Tartu_Kolgata_baptistikogudus, lk 95
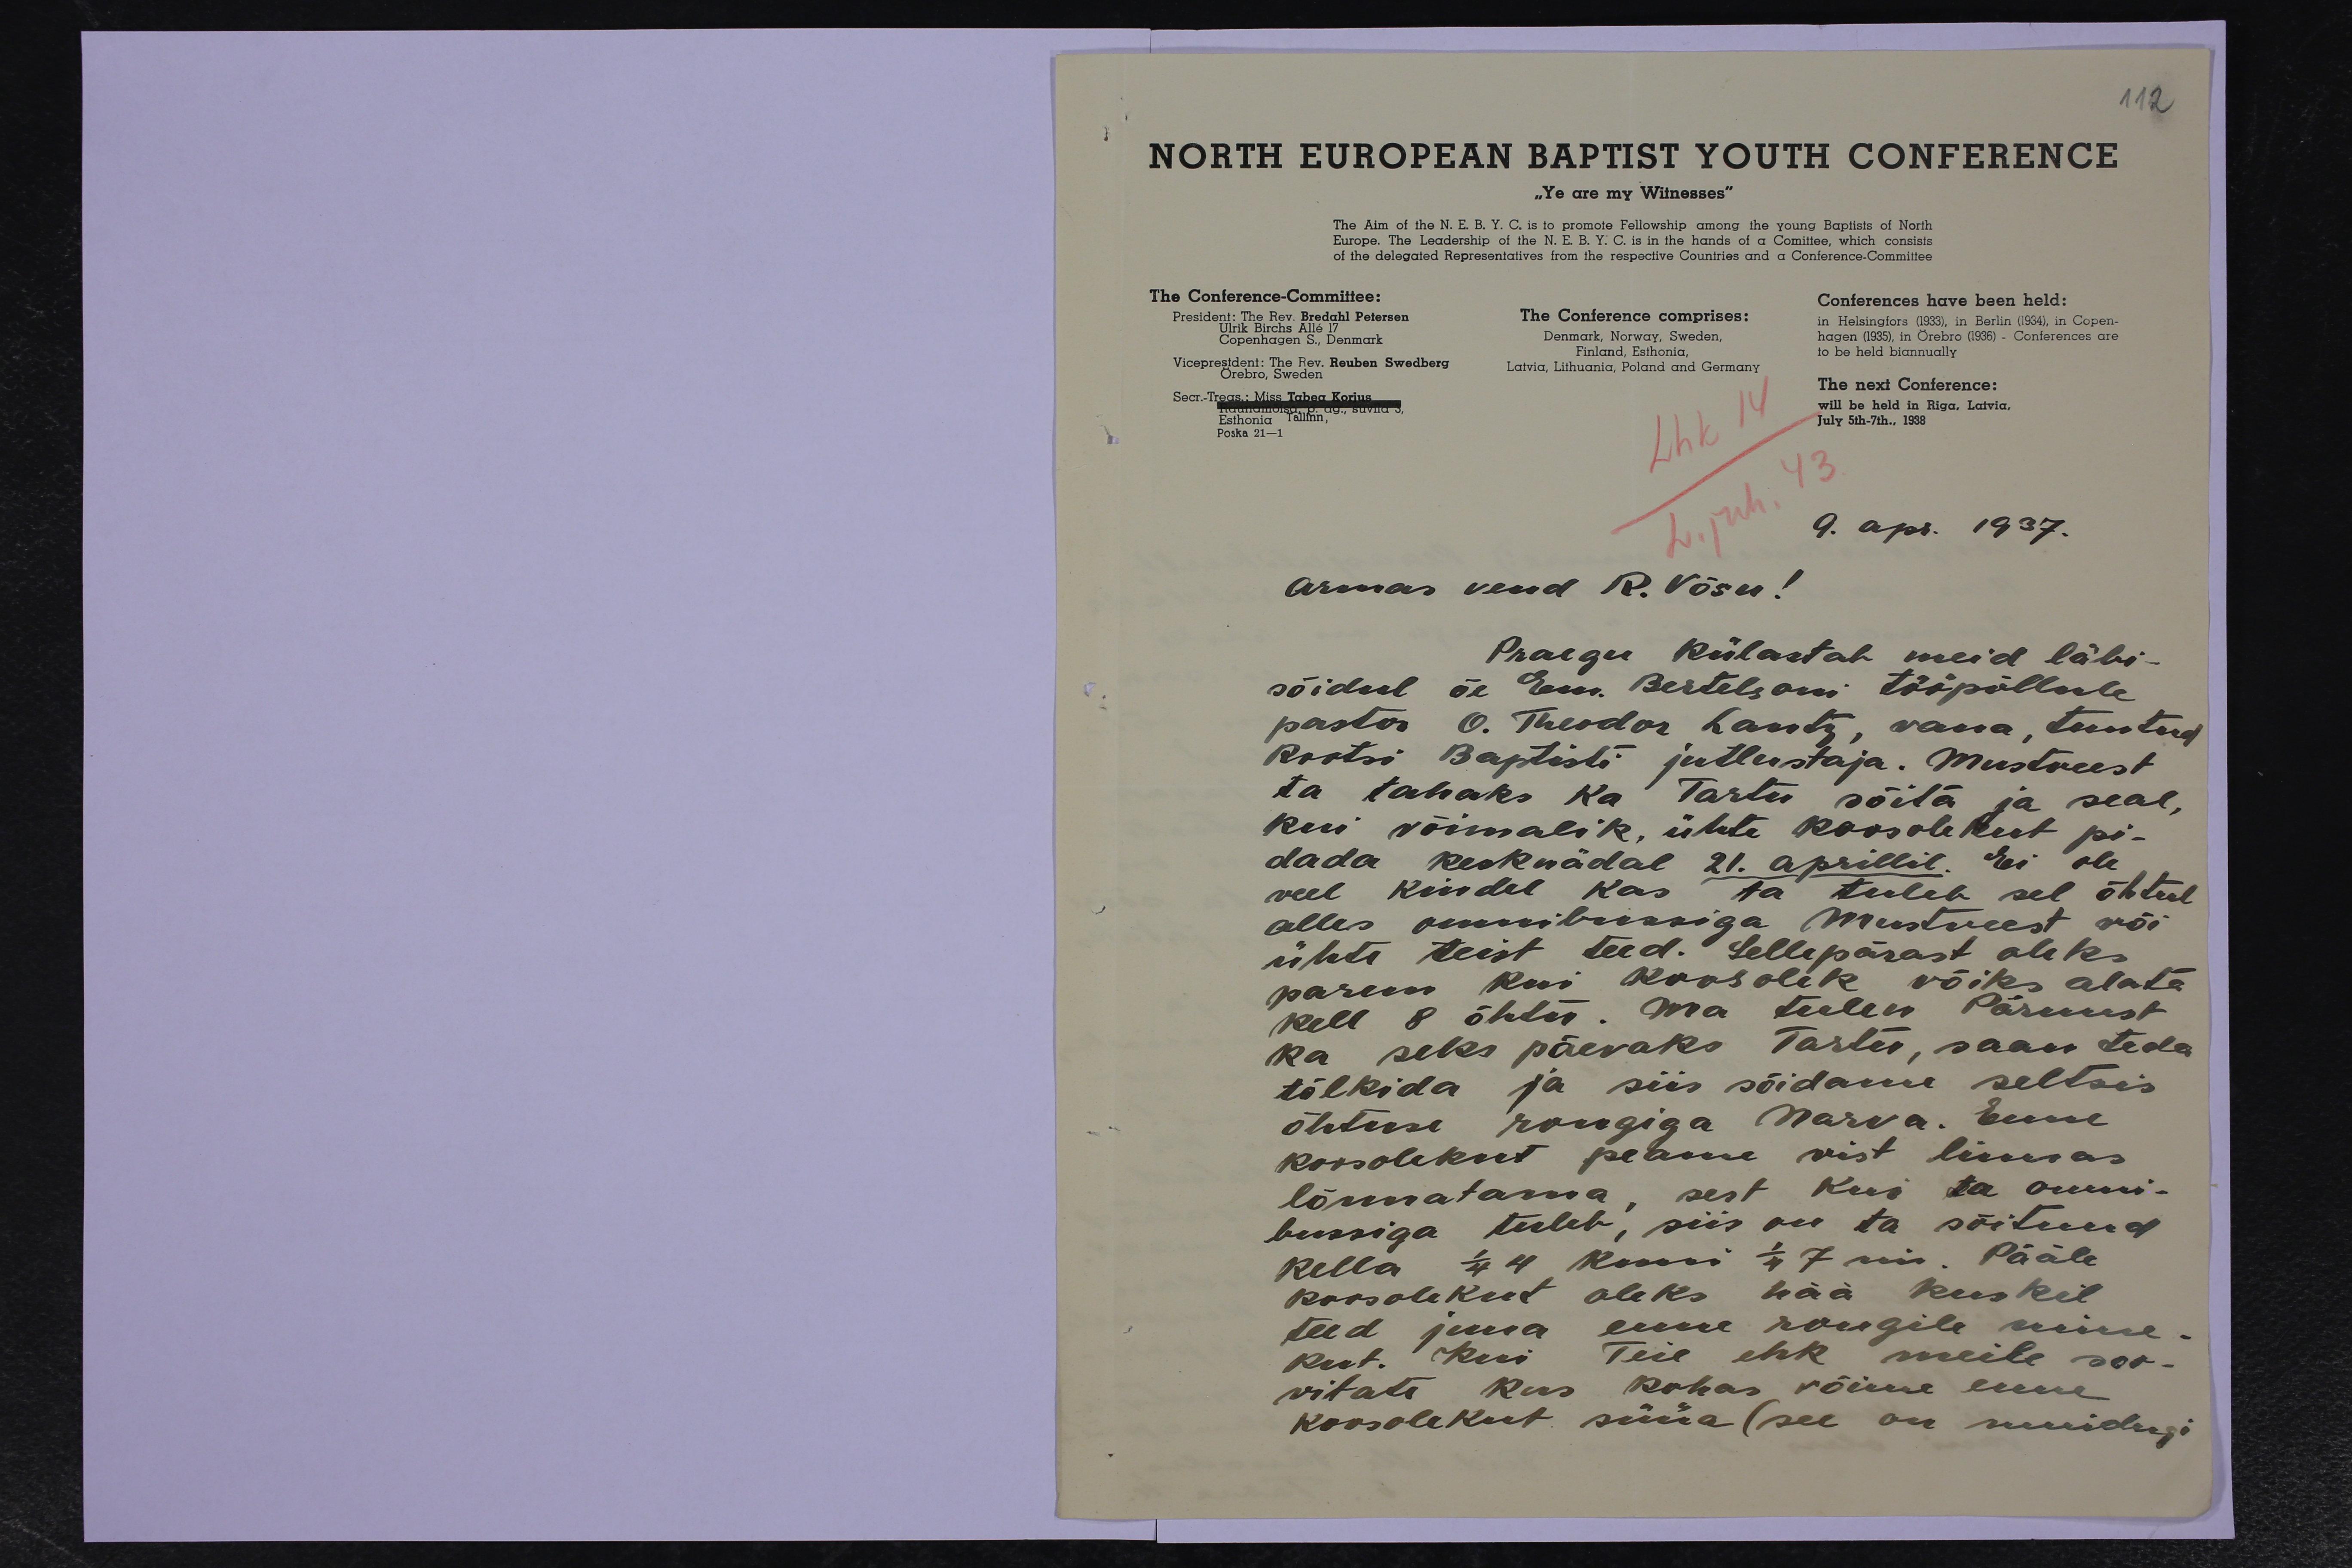
112
9. apr. 1937.
Armas vend R. Võsu!
Praegu külastab meid läbi-
sõidul õe Em. Bertelsoni tööpõllule
pastor O. Theodor Lantz, vana, tuntud
Rootsi Baptisti jutlustaja. Mustveest
ta tahaks ka Tartu sõita ja seal
kui võimalik, ühte koosolekut pi-
dada kesknädal 21. aprillil. Ei ole,
veel kindel kas ta tuleb sel õhtul
alles omnibussiga Mustveest või
ühte teist teed. Sellepärast oleks
parem kui koosolek võiks alata
kell 8 õhtu. Ma tulen Pärnust
ka seks päevaks Tartu, saan teda
tõlkida ja siis sõidame seltsis
õhtuse rongiga Narva. Enne
koosolekut peame vist linnas
lõunatama, sest kui ta omni-
bussiga tuleb, siis on ta sõitnud
kella 1/4 4 kuni 1/4 7ni. Pääle
koosolekut oleks hää kuskil
teed juua enne rongile mine-
kut. Kui Teie ehk meile soo-
vitate kus kohas võime enne
koosolekut süüa (see on muidugi